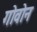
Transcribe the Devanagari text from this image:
गोवोन